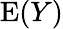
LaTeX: \operatorname{E}(Y)